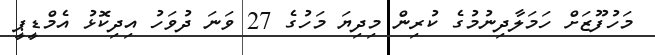
މަހުފޫޒަށް ހަމަލާދިނުމުގެ ކުރިން މިދިޔަ މަހުގެ 27 ވަނަ ދުވަހު އިދިކޮޅު އެމްޑީޕީ